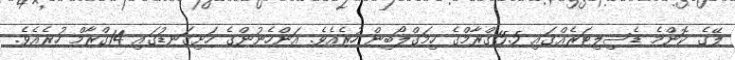
ލޭގެ ކޮންމެ ޑެސިލިޓަރެއްގައި 15.5ގްރާމްގެ ހިމަގްލޯބިން ހުރެއެވެ. އަންހެނުންގެ ހަށިގަނޑުގައި 14ގްރާމް ހުރެއެވެ.